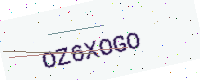
Text: OZ6XOGO